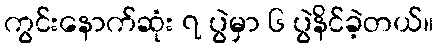
ကွင်းနောက်ဆုံး ၇ ပွဲမှာ ၆ ပွဲနိင်ခဲ့တယ်။